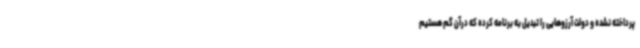
پرداخته نشده و دولت آرزوهایی را تبدیل به برنامه کرده که درآن گم هستیم